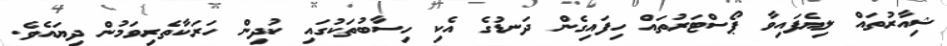
ޝިއާރުތައް ލިޔެފައިވާ ޕޯސްޓަރުތައް ހިފައިގެން ދަނޑުގެ އެކި ހިސާބުތަކުގައި ކުދިން ހަރަކާތެރިވަމުން ދިޔައެވެ.